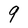
Character: q